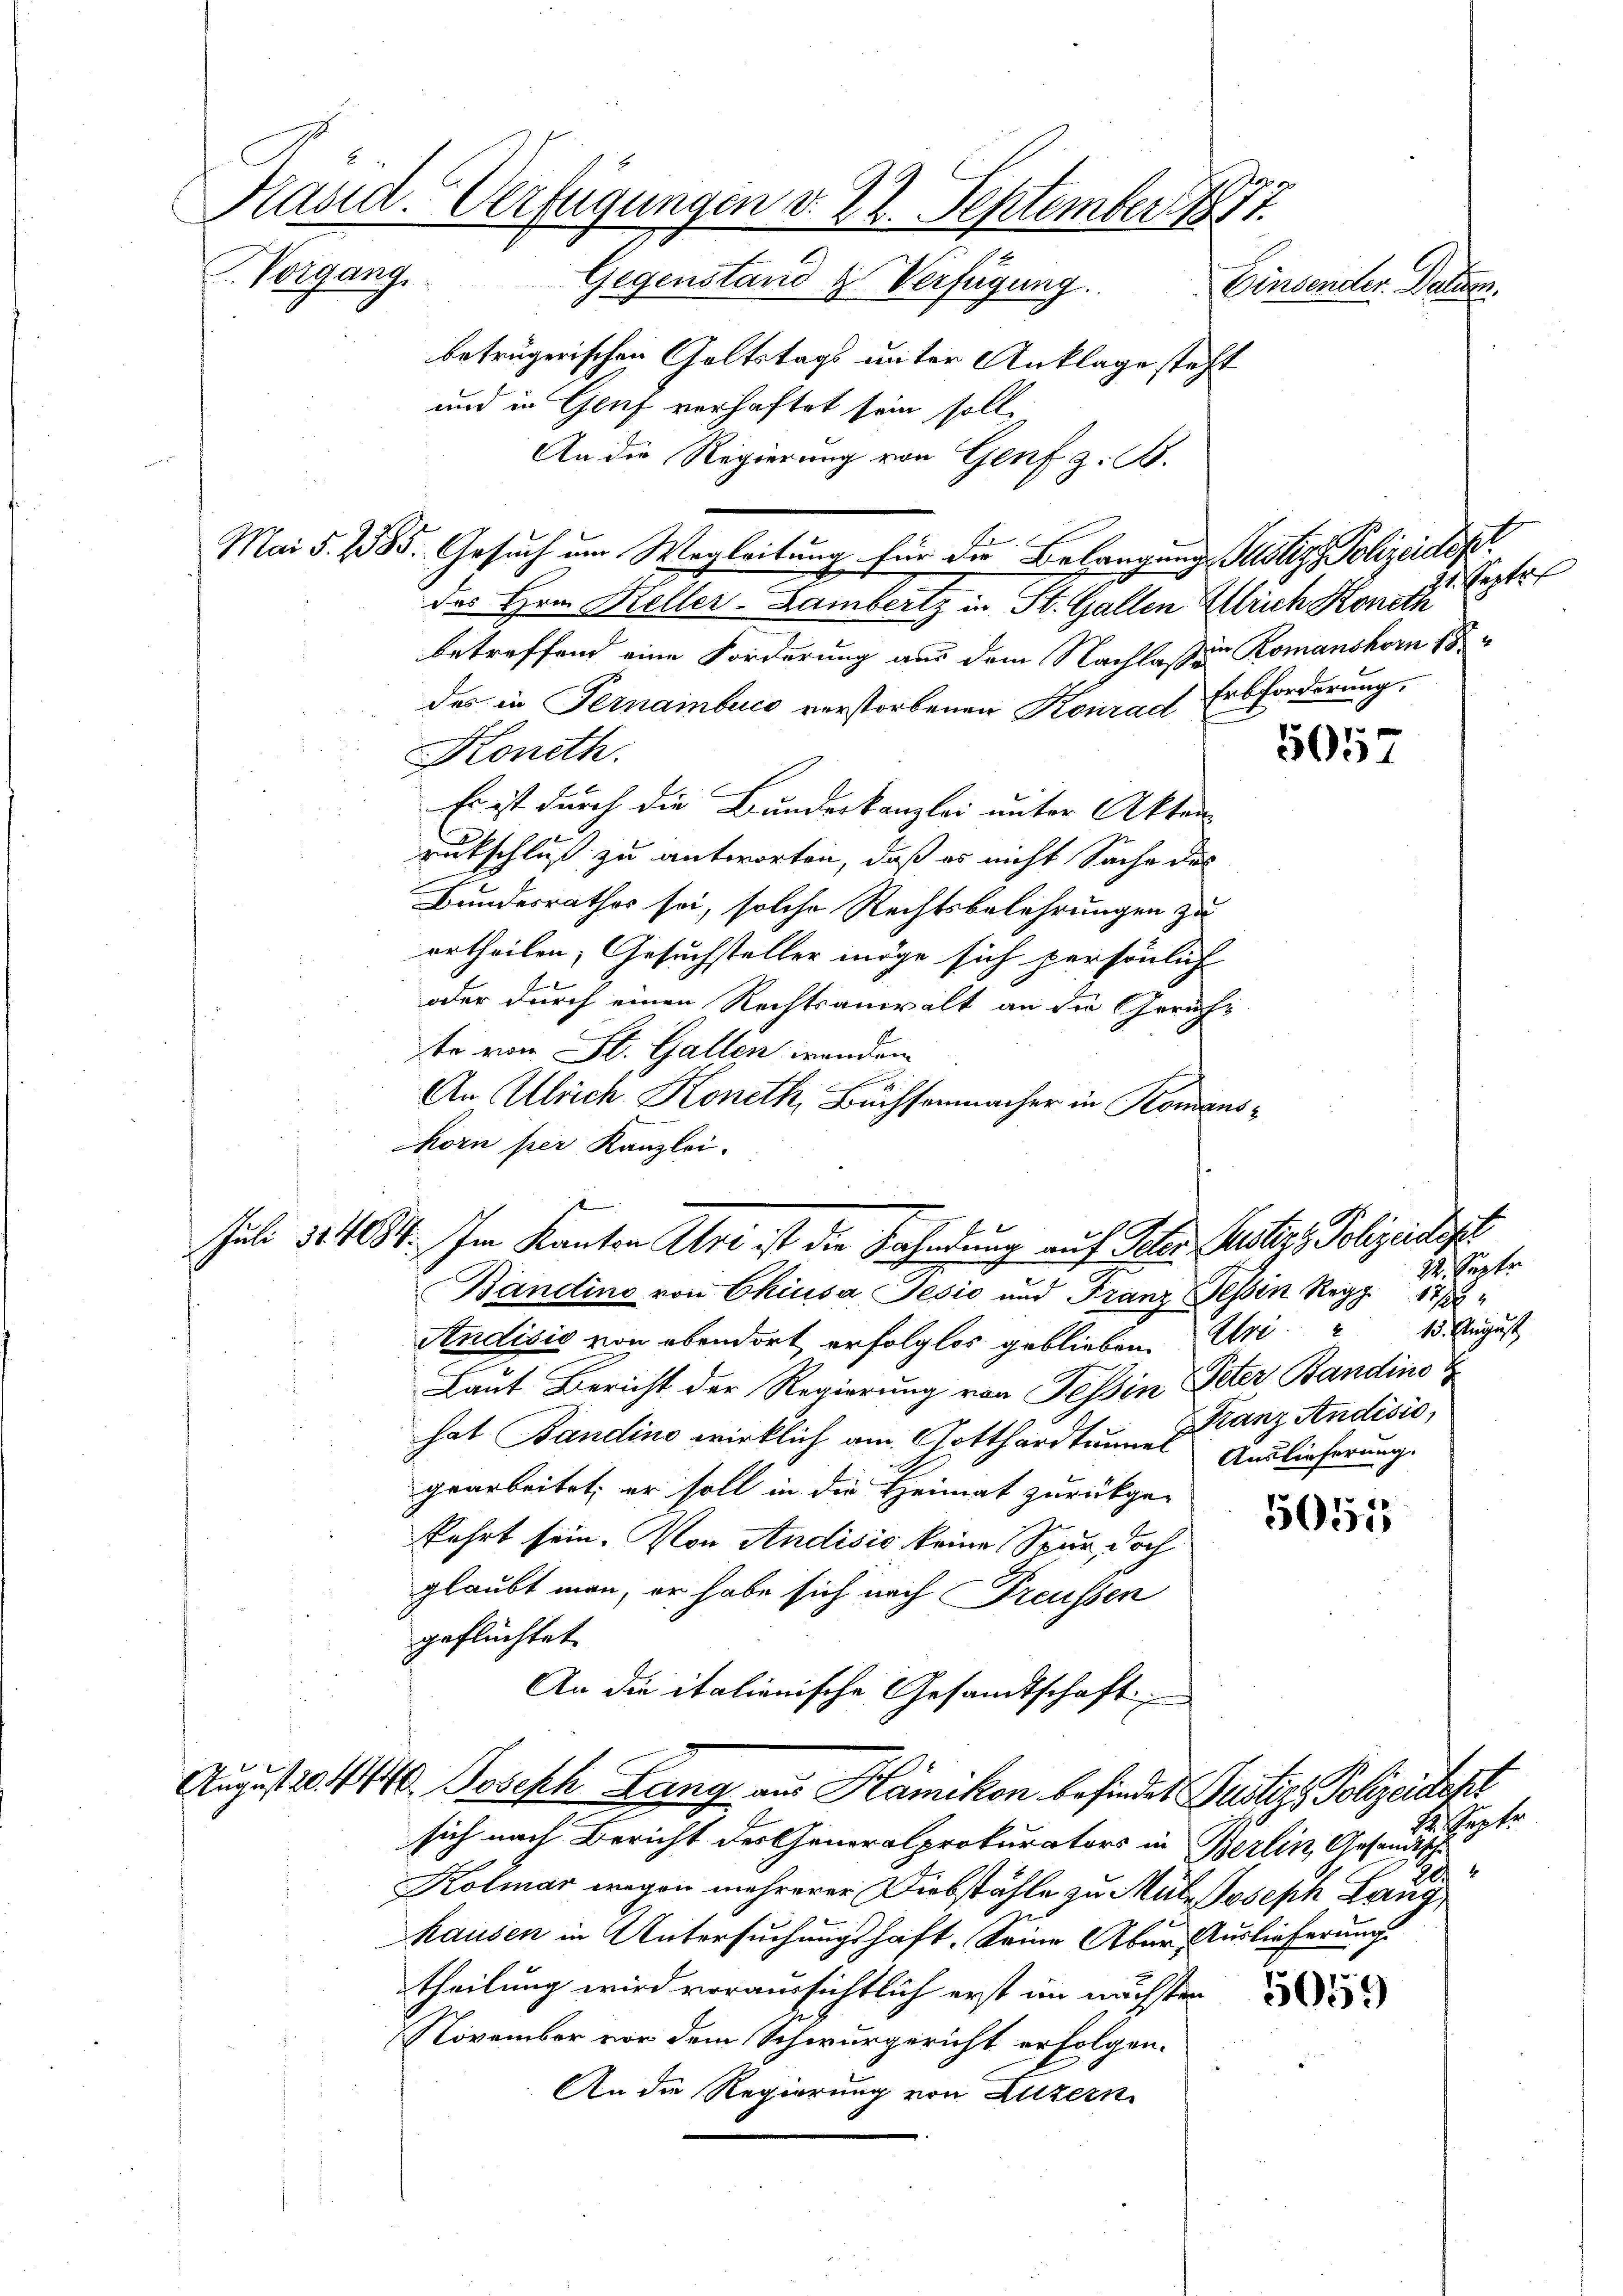
Kasid-Verfügungen d. 22. September 1871
Vorgang. Gegenstand & Verfügung.
Einsender Daten.
betrügerischen Goltstags unter Anklage steht
und in Genf verhaftet sein soll.
An die Regierung von Genf z. B.

betreffend eine Forderung aus dem Nachlaßen Romanshorn 18
des in Fernamburg verstorbenen Konrad Erbforderung,
Koneth.
Es ist durch die Bundeskanzlei unter Akten-
rukschluß zu antworten, daß es nicht Sache des
Bundesrathes sei, solche Rechtsbelehrungen zu
urtheilen, Gesuchsteller möge sich persönlich
oder durch einen Rechtsanwalt an die Gericht
te von St. Gallen inanden
An Ulrich Koneth, Büchsenmacher in Komanshorn per Kanzlei.

Juli 311084. Im Kanton Uri ist die Fahndung auf Schen nötig, Polizeidigt
I

Mai §. 1885. Gesuch um Wegleitung für die Belangung Justiz, Polizeidep

des Hrn. Heller-Lambertz in St. Gallen Ulrich Konst ist

Bandino von Chiusa Jesio und Franz Tessin Regg 17 18
Andisis von obendort erfolglos geblieben. Uri 13. August
Laut Bericht der Regierung von Tessin Peter Bandino T
hat Bandino wirklich am Gotthardtunnel Auslieferung.
gearbeitet, er soll in die Heimat zurückge-
kehrt sein. Von Andisić keine Spur doch
glaubt man, er habe sich nach Freussen
geflüchtet.
An die italienische Gesandtschaft

August 20. 414. Joseph Lang aus Kämikon befinder Justiz, Polizeistere

sich nach Bericht der Generalprokurators in Berlin, Gesandten getr
Kolmar wegen mehrerer Diebstähle zu Müle Joseph Lang
hausen in Untersuchungshaft. Seine Aber Auslieferungs
theilung wird voraussichtlich erst im nächsten
November vor dem Schwurgericht erfolgen.
An die Regierung von Luzern

5057

22. Septe
Franz Andisio

5055

5059